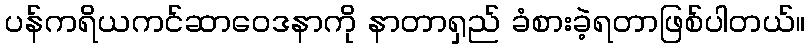
ပန်ကရိယကင်ဆာဝေဒနာကို နာတာရှည် ခံစားခဲ့ရတာဖြစ်ပါတယ်။